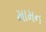
મામન